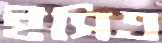
ইসিএ